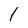
Character: l